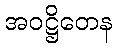
အဝဋ္ဌိတေန